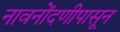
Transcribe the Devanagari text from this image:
नावनोंदणीपासून